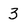
Character: 3